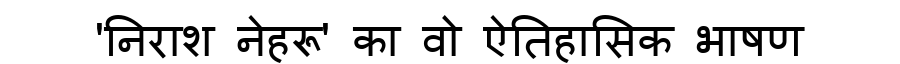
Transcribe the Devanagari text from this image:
'निराश नेहरू' का वो ऐतिहासिक भाषण